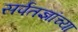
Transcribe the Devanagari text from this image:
सर्पतज्ञांच्या